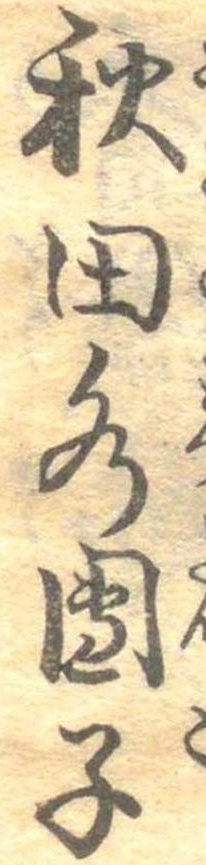
秋田水団子